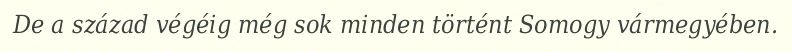
De a század végéig még sok minden történt Somogy vármegyében.